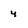
Character: 4